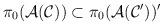
LaTeX: \begin{align*}\pi_0({\cal A}({\cal C})) \subset \pi_0 ({\cal A}({\cal C}'))'\end{align*}